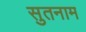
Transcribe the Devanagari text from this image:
सुतनाम